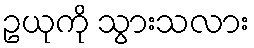
ဥယုကို သွားသလား